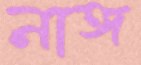
নাঙ্গ